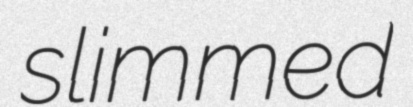
slimmed